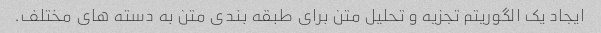
ایجاد یک الگوریتم تجزیه و تحلیل متن برای طبقه بندی متن به دسته های مختلف.